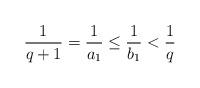
LaTeX: \begin{align*}\frac{1}{q+1} = \frac{1}{a_1} \leq \frac{1}{b_1} < \frac{1}{q}\end{align*}